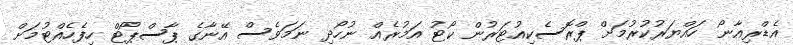
އެޑްރިއާނޯ ހައްޔަރުކުރުމަށް ޕްރޮސެކިއުޓަރުން ކޯޓު އަމުރެއް ނުހޯދި ނަމަވެސް އޭނާގެ ޕާސްޕޯޓް ހިފެހެއްޓުމަށް